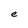
Character: e